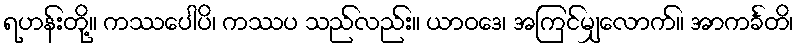
ရဟန်းတို့။ ကဿပေါပိ၊ ကဿပ သည်လည်း။ ယာဝဒေ၊ အကြင်မျှလောက်။ အာကင်္ခတိ၊